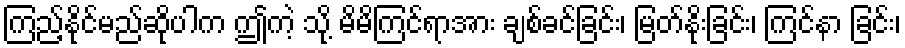
ကြည့်နိုင်မည်ဆိုပါက ဤကဲ့ သို့ မိမိကြင်ရာအား ချစ်ခင်ခြင်း၊ မြတ်နိုးခြင်း၊ ကြင်နာ ခြင်း၊